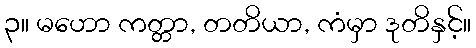
၃။ မဟော ကတ္တာ, တတိယာ, ကံမှာ ဒုတိနှင့်။